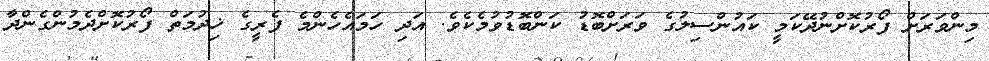
މިންވަރަށް ފޯރުކޮށްނުދޭކަމީ ކައުންސިލުގެ ވަރަށްބޮޑު ކަންބޮޑުވުމެކެވެ. އަދި ހަމައެހެންމެ ފެރީގެ ޚިދުމަތް ފޯރުކޮށްދެމުންގެންދާ